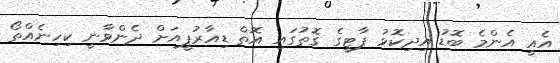
އެއީ އެންމެ ބޮޑު އިދިކޮޅު ޕާޓީގެ ގޮތުގައި އޮތް ޑިއާރުޕީއަށް ދެންވާނީ ކިހިނެއްތޯ